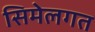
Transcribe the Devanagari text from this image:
सिमेलगत